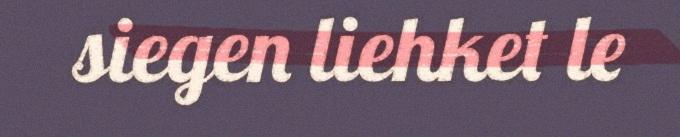
siegen liehket le